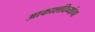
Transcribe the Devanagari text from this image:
आकाशदिव्यांचा